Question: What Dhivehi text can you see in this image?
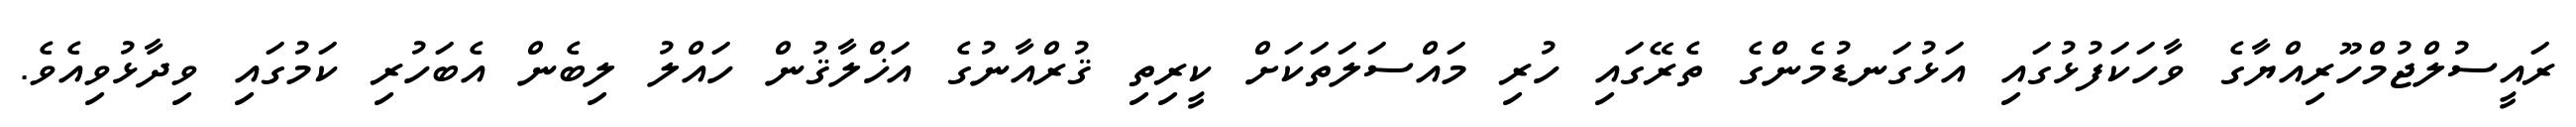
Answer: ރައީސުލްޖުމްހޫރިއްޔާގެ ވާހަކަފުޅުގައި އަޅުގަނޑުމެންގެ ތެރޭގައި ހުރި މައްސަލަތަކަށް ކީރިތި ޤުރްއާނުގެ އަޚްލާޤުން ހައްލު ލިބެން އެބަހުރި ކަމުގައި ވިދާޅުވިއެވެ.